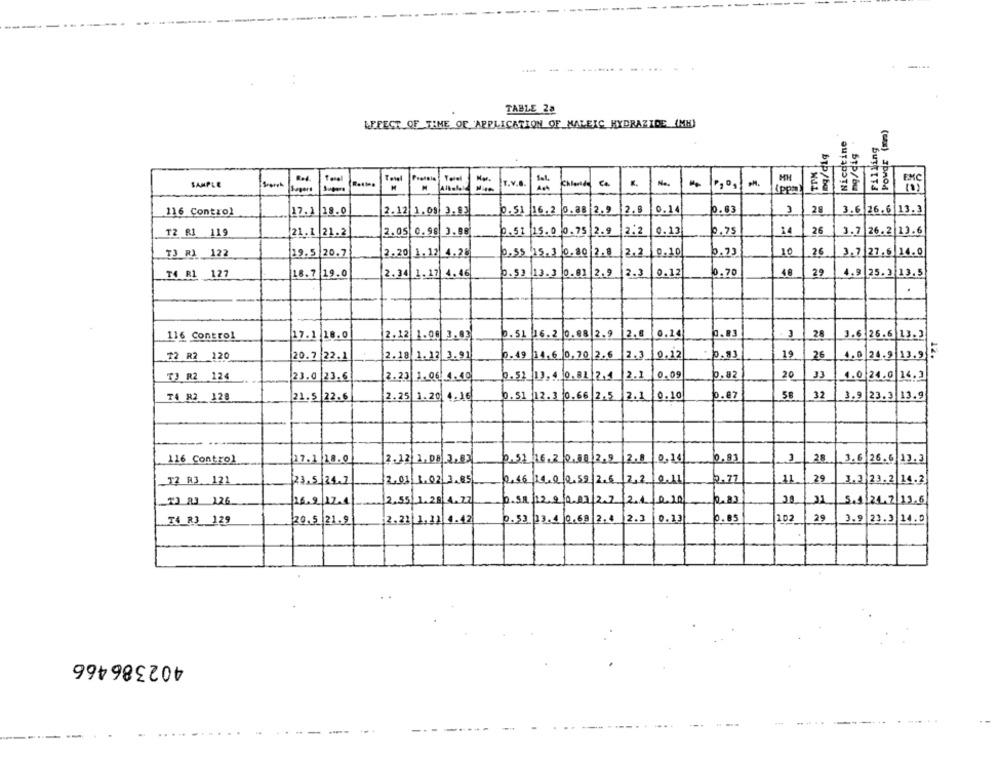
TABLE 28
EFFECT OF TIME OF APPLICATION OF MALEIC HYDRAZIDE (MH)
Nicotine
Filling
POWdr
Red.
Towel
T.v.
Sel.
MH
SAMPLE
Sapart
Super
(ppm
byp/ba
Stp/bw
116 Control
.17.1 18.0
2.12 1.09 3.13
0.51 16.2 0.88 2.9
2.8
0.14
0.03
28
3.6 26.6 13.3
T2 R1 119
21.1 21.2
2.05 0.98 3.88
0.51 15.0 0.75 2.9
2.2
0.13
0.75
14
26
3.7 26.2 13.6
2.2
10
26
TJ RI 122
19.5 20.7
2.20 1.12 4.28
0.55 15.3 0.80 2.8
0.10
b.73
3.7 27.6 14.0
2.34 1.17 4.46
p.53 13.3 0.81
2.9
2.3
0.12
10.70
48
29
4.9 25. 3 13.5
T4 R1 127
18.7 19.0
116 Control
2.12 1.08 3.02
b.51 16.2 0.88 2.9
2.8
0.14
0.83
. 3
28
17.1 18.0
3.6 26.6 13.2
$2 R2 120
20.7 22.1
2.18 1.12 3.91
p.19 14.6 0,70 2.6
2.3
0.12
.83
19
26
1.0 21.9 13.95
33
TJ R2 124
23.0 23.6
2.23 1. 06.1.40
0.51 19, 5 0.81 2.4 2.1
2.1 0.09
0.82
20
1.0 21.0 16.2
56
32
T4 82 128
21.5 22.6
2.25 1.20 4. 16
0.51 12.3 0.66 2.5
2.1
0 .10
.87
3.9 23.3 13.9
25
116 Control
17.1 18.0
0.51 16.2 0.80 2.9 2.1 0,11
3
3.6 26.6 13.2
29
F? R3. 121
23,5,21.1
2.01 1.02 3.85
2.46 21.0 2.58 2.6 2,2 0-11
2.77
3.2 23.2|14.2
26.212.1
2.55. 1.28 4.77
6.11 /12.2/2 02/27
12.1
10.00
5.1/21.2/13.6
2.83
29
T4 R3 129
20.5 21.9
2.22 1,2) 4.42
0. 53 03.4 0.69 2.4 2.3 0.13
202
3.9 23.3 14.0
402386466
--